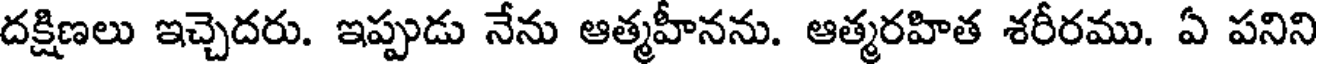
దక్షిణలు ఇచ్చెదరు. ఇప్పుడు నేను ఆత్మహీనను. ఆత్మరహిత శరీరము. ఏ పనిని